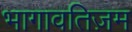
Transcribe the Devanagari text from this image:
भागावतिज़म